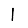
Digit: 1